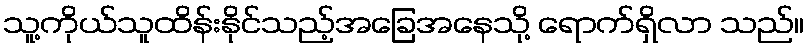
သူ့ကိုယ်သူထိန်းနိုင်သည့်အခြေအနေသို့ ရောက်ရှိလာ သည်။